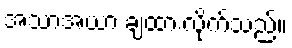
အသာအယာ ချထားလိုက်သည်။